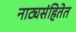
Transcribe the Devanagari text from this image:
नाट्यसंहितेत